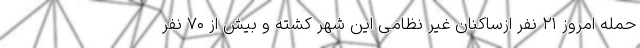
حمله امروز ۲۱ نفر ازساکنان غیر نظامی این شهر کشته و بیش از ۷۰ نفر